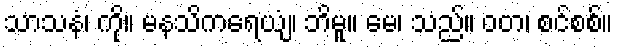
သာသနံ၊ ကို။ မနသိကရေယျံ၊ ဘိမူ။ မေ၊ သည်။ ဝတ၊ စင်စစ်။